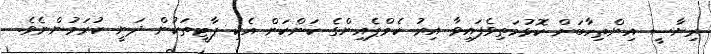
ރިޔާސީ އިންތިހާބަށް ކޮޅުމަތިވެފައިވާ އިރު ކެމްޕެއިންގެ ކަންކަން އެކި ޕާޓީތަކުން ދަނީ ކުރަމުންނެވެ.